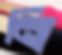
নি